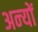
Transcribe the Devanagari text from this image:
अन्‍यों